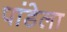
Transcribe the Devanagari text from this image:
पांडेला